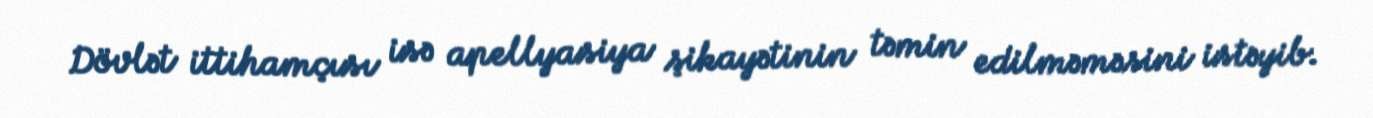
Dövlət ittihamçısı isə apellyasiya şikayətinin təmin edilməməsini istəyib.